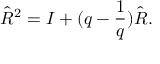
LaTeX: \hat { R } ^ { 2 } = I + ( q - \frac { 1 } { q } ) \hat { R } .